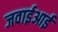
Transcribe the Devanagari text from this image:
जवाईआई